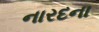
નારદના